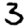
Digit: 3